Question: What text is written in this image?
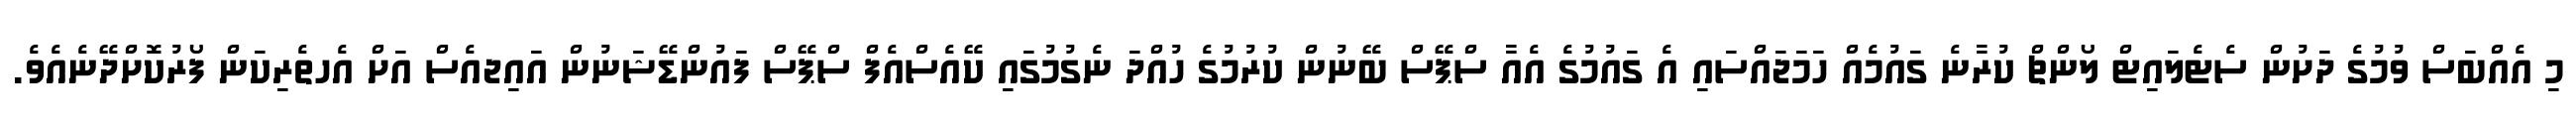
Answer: މި އެއްބަސް ވުމުގެ ދަށުން ސެޓެލައިޓް ލޯންޗް ކުރާނެ ގައުމެއް ހަމަޖައްސައި އެ ގައުމުގެ އެއާ ސްޕޭސް ބޭނުން ކުރުމުގެ ހުއްދަ ނެގުމުގައި ކޭއެސްއެފް ސްޕޭސް ފައުންޑޭޝަނުން އައިޖއެސް އަށް އެހތެރިކަން ފޯރުކޮށްދޭނެއެވެ.